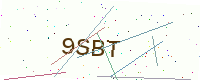
Text: 9SBT